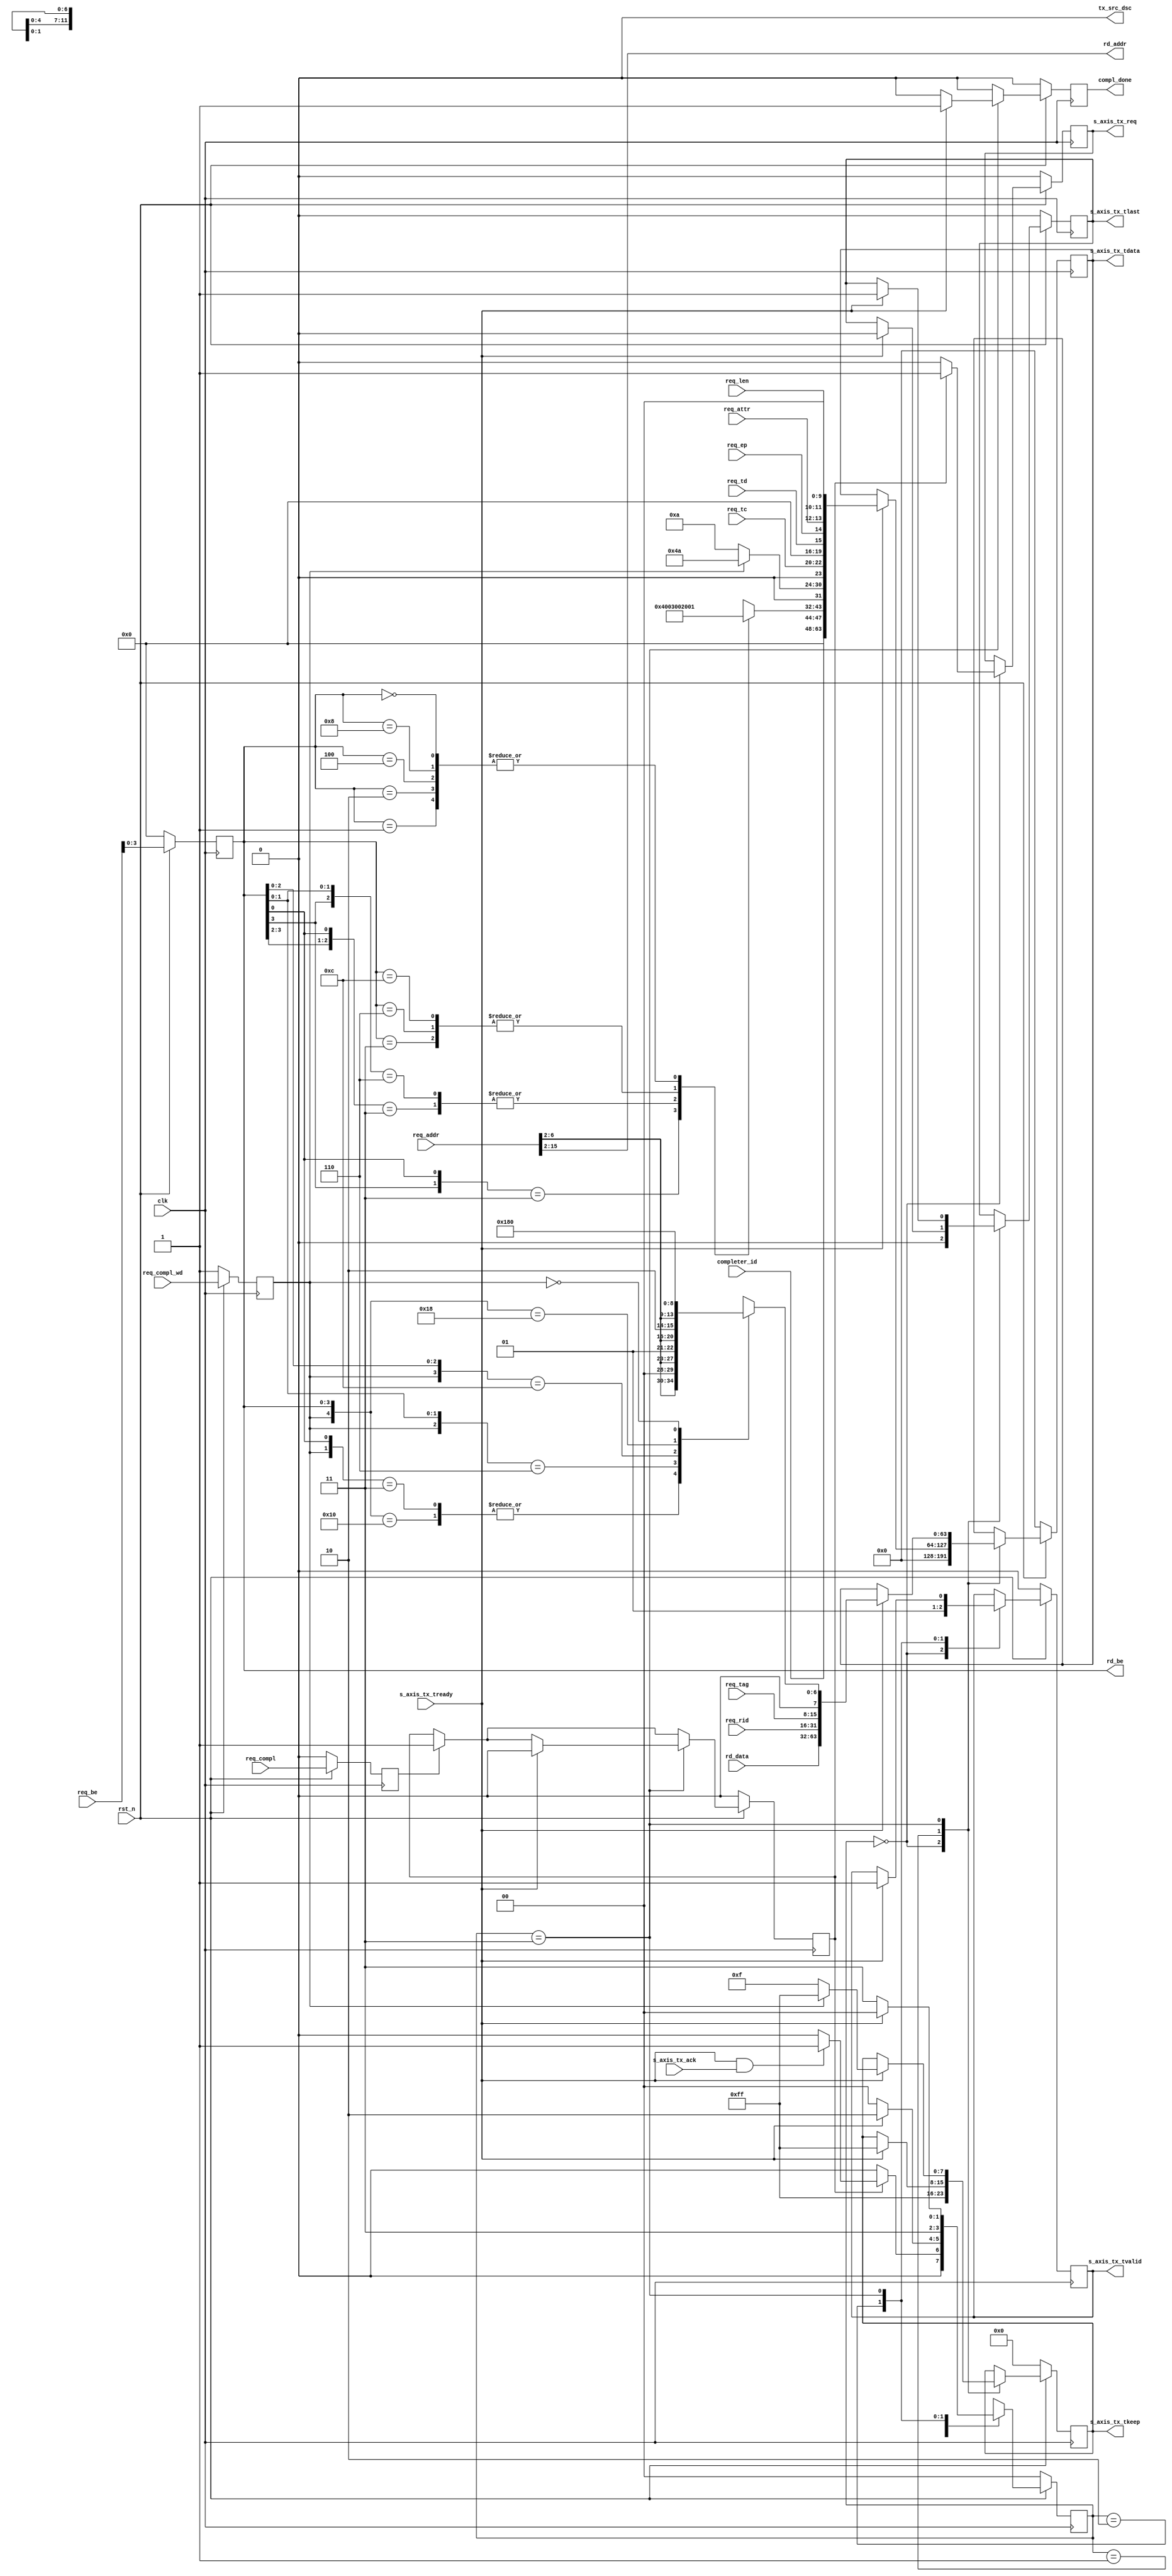
//-----------------------------------------------------------------------------
//
// (c) Copyright 2010-2011 Xilinx, Inc. All rights reserved.
//
// This file contains confidential and proprietary information
// of Xilinx, Inc. and is protected under U.S. and
// international copyright and other intellectual property
// laws.
//
// DISCLAIMER
// This disclaimer is not a license and does not grant any
// rights to the materials distributed herewith. Except as
// otherwise provided in a valid license issued to you by
// Xilinx, and to the maximum extent permitted by applicable
// law: (1) THESE MATERIALS ARE MADE AVAILABLE "AS IS" AND
// WITH ALL FAULTS, AND XILINX HEREBY DISCLAIMS ALL WARRANTIES
// AND CONDITIONS, EXPRESS, IMPLIED, OR STATUTORY, INCLUDING
// BUT NOT LIMITED TO WARRANTIES OF MERCHANTABILITY, NON-
// INFRINGEMENT, OR FITNESS FOR ANY PARTICULAR PURPOSE; and
// (2) Xilinx shall not be liable (whether in contract or tort,
// including negligence, or under any other theory of
// liability) for any loss or damage of any kind or nature
// related to, arising under or in connection with these
// materials, including for any direct, or any indirect,
// special, incidental, or consequential loss or damage
// (including loss of data, profits, goodwill, or any type of
// loss or damage suffered as a result of any action brought
// by a third party) even if such damage or loss was
// reasonably foreseeable or Xilinx had been advised of the
// possibility of the same.
//
// CRITICAL APPLICATIONS
// Xilinx products are not designed or intended to be fail-
// safe, or for use in any application requiring fail-safe
// performance, such as life-support or safety devices or
// systems, Class III medical devices, nuclear facilities,
// applications related to the deployment of airbags, or any
// other applications that could lead to death, personal
// injury, or severe property or environmental damage
// (individually and collectively, "Critical
// Applications"). Customer assumes the sole risk and
// liability of any use of Xilinx products in Critical
// Applications, subject only to applicable laws and
// regulations governing limitations on product liability.
//
// THIS COPYRIGHT NOTICE AND DISCLAIMER MUST BE RETAINED AS
// PART OF THIS FILE AT ALL TIMES.
//
//-----------------------------------------------------------------------------
// Project    : Series-7 Integrated Block for PCI Express
// Version    : 3.0
`default_nettype none
`timescale 1ps/1ps

(* DowngradeIPIdentifiedWarnings = "yes" *)
module PIO_TX_ENGINE    #(
  // RX/TX interface data width
  parameter C_DATA_WIDTH = 64,
  parameter TCQ = 1,

  // TSTRB width
  parameter KEEP_WIDTH = C_DATA_WIDTH / 8
)(

  input wire        clk,
  input wire        rst_n,

  // AXIS
  output  reg                     s_axis_tx_req = 1'b0,
  input wire                      s_axis_tx_ack,
  input wire                      s_axis_tx_tready,
  output  reg [C_DATA_WIDTH-1:0]  s_axis_tx_tdata,
  output  reg [KEEP_WIDTH-1:0]    s_axis_tx_tkeep,
  output  reg                     s_axis_tx_tlast,
  output  reg                     s_axis_tx_tvalid,
  output wire                     tx_src_dsc,

  input wire                      req_compl,
  input wire                      req_compl_wd,
  output reg                      compl_done,

  input wire [2:0]                req_tc,
  input wire                      req_td,
  input wire                      req_ep,
  input wire [1:0]                req_attr,
  input wire [9:0]                req_len,
  input wire [15:0]               req_rid,
  input wire [7:0]                req_tag,
  input wire [7:0]                req_be,
  input wire [15:0]               req_addr,

  output wire [13:0]              rd_addr,
  output reg [3:0]                rd_be,
  input wire [31:0]               rd_data,
  input wire [15:0]               completer_id

);

localparam PIO_CPLD_FMT_TYPE      = 7'b10_01010;
localparam PIO_CPL_FMT_TYPE       = 7'b00_01010;
localparam PIO_TX_RST_STATE       = 2'b00;
localparam PIO_TX_CPLD_QW1_FIRST  = 2'b01;
localparam PIO_TX_CPLD_QW1_TEMP   = 2'b10;
localparam PIO_TX_CPLD_QW1        = 2'b11;

  // Local registers

  reg [11:0]              byte_count;
  reg [6:0]               lower_addr;

  reg                     req_compl_q;
  reg                     req_compl_wd_q;

  reg                     compl_busy_i;
 
  // Local wires

  wire                    compl_wd;

  // Unused discontinue
  assign tx_src_dsc = 1'b0;

  // Present address and byte enable to memory module

  assign rd_addr = req_addr[15:2];
 
  always @(posedge clk) begin
    if (!rst_n)
    begin
     rd_be <= #TCQ 0;
    end else begin
     rd_be <= #TCQ req_be[3:0];
    end
  end

  // Calculate byte count based on byte enable

  always @ (rd_be) begin
    casex (rd_be[3:0])
      4'b1xx1 : byte_count = 12'h004;
      4'b01x1 : byte_count = 12'h003;
      4'b1x10 : byte_count = 12'h003;
      4'b0011 : byte_count = 12'h002;
      4'b0110 : byte_count = 12'h002;
      4'b1100 : byte_count = 12'h002;
      4'b0001 : byte_count = 12'h001;
      4'b0010 : byte_count = 12'h001;
      4'b0100 : byte_count = 12'h001;
      4'b1000 : byte_count = 12'h001;
      4'b0000 : byte_count = 12'h001;
    endcase
  end

  always @ ( posedge clk ) begin
    if (!rst_n ) 
    begin
      req_compl_q      <= #TCQ 1'b0;
      req_compl_wd_q   <= #TCQ 1'b1;
    end // if !rst_n
    else
    begin
      req_compl_q      <= #TCQ req_compl;
      req_compl_wd_q   <= #TCQ req_compl_wd;
    end // if rst_n
  end

    always @ (rd_be or req_addr or compl_wd) begin
    casex ({compl_wd, rd_be[3:0]})
       5'b1_0000 : lower_addr = {req_addr[6:2], 2'b00};
       5'b1_xxx1 : lower_addr = {req_addr[6:2], 2'b00};
       5'b1_xx10 : lower_addr = {req_addr[6:2], 2'b01};
       5'b1_x100 : lower_addr = {req_addr[6:2], 2'b10};
       5'b1_1000 : lower_addr = {req_addr[6:2], 2'b11};
       5'b0_xxxx : lower_addr = 8'h0;
    endcase // casex ({compl_wd, rd_be[3:0]})
    end

  //  Generate Completion with 1 DW Payload
    
  generate
    if (C_DATA_WIDTH == 64) begin : gen_cpl_64
      reg         [1:0]            state;

      assign compl_wd = req_compl_wd_q;

      always @ ( posedge clk ) begin

        if (!rst_n ) 
        begin
          s_axis_tx_tlast   <= #TCQ 1'b0;
          s_axis_tx_tvalid  <= #TCQ 1'b0;
          s_axis_tx_tdata   <= #TCQ {C_DATA_WIDTH{1'b0}};
          s_axis_tx_tkeep   <= #TCQ {KEEP_WIDTH{1'b0}};
          s_axis_tx_req     <= #TCQ 1'b0;
         
          compl_done        <= #TCQ 1'b0;
          compl_busy_i      <= #TCQ 1'b0;
          state             <= #TCQ PIO_TX_RST_STATE;
        end // if (!rst_n ) 
        else
        begin
          compl_done        <= #TCQ 1'b0;
          // -- Generate compl_busy signal...
          if (req_compl_q ) 
            compl_busy_i <= 1'b1;
          case ( state )
            PIO_TX_RST_STATE : begin

              if (compl_busy_i) 
              begin
                
                s_axis_tx_req     <= #TCQ 1'b1;
                s_axis_tx_tdata   <= #TCQ {C_DATA_WIDTH{1'b0}};
                s_axis_tx_tkeep   <= #TCQ 8'hFF;
                s_axis_tx_tlast   <= #TCQ 1'b0;
                s_axis_tx_tvalid  <= #TCQ 1'b0;
                  if (s_axis_tx_tready && s_axis_tx_ack)
                    state             <= #TCQ PIO_TX_CPLD_QW1_FIRST;
                  else
                  state             <= #TCQ PIO_TX_RST_STATE;
               end
              else
              begin

                s_axis_tx_req     <= #TCQ 1'b0;
                s_axis_tx_tlast   <= #TCQ 1'b0;
                s_axis_tx_tvalid  <= #TCQ 1'b0;
                s_axis_tx_tdata   <= #TCQ 64'b0;
                s_axis_tx_tkeep   <= #TCQ 8'hFF;
                compl_done        <= #TCQ 1'b0;
                state             <= #TCQ PIO_TX_RST_STATE;

              end // if !(compl_busy) 
              end // PIO_TX_RST_STATE

            PIO_TX_CPLD_QW1_FIRST : begin
              if (s_axis_tx_tready) begin

                s_axis_tx_tlast  <= #TCQ 1'b0;
                s_axis_tx_tdata  <= #TCQ {                      // Bits
                                      completer_id,             // 16
                                      {3'b0},                   // 3
                                      {1'b0},                   // 1
                                      byte_count,               // 12
                                      {1'b0},                   // 1
                                      (req_compl_wd_q ?
                                      PIO_CPLD_FMT_TYPE :
                                      PIO_CPL_FMT_TYPE),        // 7
                                      {1'b0},                   // 1
                                      req_tc,                   // 3
                                      {4'b0},                   // 4
                                      req_td,                   // 1
                                      req_ep,                   // 1
                                      req_attr,                 // 2
                                      {2'b0},                   // 2
                                      req_len                   // 10
                                      };
                s_axis_tx_tkeep   <= #TCQ 8'hFF;

                state             <= #TCQ PIO_TX_CPLD_QW1_TEMP;
                end
            else
                state             <= #TCQ PIO_TX_RST_STATE;

               end //PIO_TX_CPLD_QW1_FIRST


            PIO_TX_CPLD_QW1_TEMP : begin   
                s_axis_tx_tvalid <= #TCQ 1'b1;
                state             <= #TCQ PIO_TX_CPLD_QW1;
            end


            PIO_TX_CPLD_QW1 : begin

              if (s_axis_tx_tready)
              begin

                s_axis_tx_tlast  <= #TCQ 1'b1;
                s_axis_tx_tvalid <= #TCQ 1'b1;
                // Swap DWORDS for AXI
                s_axis_tx_tdata  <= #TCQ {        // Bits
                                      rd_data,    // 32
                                      req_rid,    // 16
                                      req_tag,    //  8
                                      {1'b0},     //  1
                                      lower_addr  //  7
                                      };

                // Here we select if the packet has data or
                // not.  The strobe signal will mask data
                // when it is not needed.  No reason to change
                // the data bus.
                if (req_compl_wd_q)
                  s_axis_tx_tkeep <= #TCQ 8'hFF;
                else
                  s_axis_tx_tkeep <= #TCQ 8'h0F;


                compl_done        <= #TCQ 1'b1;
                compl_busy_i      <= #TCQ 1'b0;
                state             <= #TCQ PIO_TX_RST_STATE;

              end // if (s_axis_tx_tready)
              else
                state             <= #TCQ PIO_TX_CPLD_QW1;

            end // PIO_TX_CPLD_QW1

            default : begin
              // case default stmt
              state             <= #TCQ PIO_TX_RST_STATE;
            end

          endcase
        end // if rst_n
      end
    end
    else if (C_DATA_WIDTH == 128) begin : gen_cpl_128
      reg                     hold_state;
      reg                     req_compl_q2;
      reg                     req_compl_wd_q2;

      assign compl_wd = req_compl_wd_q2;

      always @ ( posedge clk ) begin
        if (!rst_n ) 
        begin
          req_compl_q2      <= #TCQ 1'b0;
          req_compl_wd_q2   <= #TCQ 1'b0;
        end // if (!rst_n ) 
        else
        begin
          req_compl_q2      <= #TCQ req_compl_q;
          req_compl_wd_q2   <= #TCQ req_compl_wd_q;
        end // if (rst_n ) 
      end

      always @ ( posedge clk ) begin
        if (!rst_n ) 
        begin
          s_axis_tx_tlast   <= #TCQ 1'b0;
          s_axis_tx_tvalid  <= #TCQ 1'b0;
          s_axis_tx_tdata   <= #TCQ {C_DATA_WIDTH{1'b0}};
          s_axis_tx_tkeep   <= #TCQ {KEEP_WIDTH{1'b0}};
          s_axis_tx_req     <= #TCQ 1'b0;
          compl_done        <= #TCQ 1'b0;
          hold_state        <= #TCQ 1'b0;
        end // if !rst_n
        else
        begin
  
          if (req_compl_q2 | hold_state)
          begin
            if (s_axis_tx_tready & s_axis_tx_ack) 
            begin
  
              s_axis_tx_tlast   <= #TCQ 1'b1;
              s_axis_tx_tvalid  <= #TCQ 1'b1;
              s_axis_tx_tdata   <= #TCQ {                   // Bits
                                  rd_data,                  // 32
                                  req_rid,                  // 16
                                  req_tag,                  //  8
                                  {1'b0},                   //  1
                                  lower_addr,               //  7
                                  completer_id,             // 16
                                  {3'b0},                   //  3
                                  {1'b0},                   //  1
                                  byte_count,               // 12
                                  {1'b0},                   //  1
                                  (req_compl_wd_q2 ?
                                  PIO_CPLD_FMT_TYPE :
                                  PIO_CPL_FMT_TYPE),        //  7
                                  {1'b0},                   //  1
                                  req_tc,                   //  3
                                  {4'b0},                   //  4
                                  req_td,                   //  1
                                  req_ep,                   //  1
                                  req_attr,                 //  2
                                  {2'b0},                   //  2
                                  req_len                   // 10
                                  };
  
              // Here we select if the packet has data or
              // not.  The strobe signal will mask data
              // when it is not needed.  No reason to change
              // the data bus.
              if (req_compl_wd_q2)
                s_axis_tx_tkeep   <= #TCQ 16'hFFFF;
              else
                s_axis_tx_tkeep   <= #TCQ 16'h0FFF;
  
              compl_done        <= #TCQ 1'b1;
              hold_state        <= #TCQ 1'b0;
              s_axis_tx_req     <= #TCQ 1'b0;
  
            end // if (s_axis_tx_tready) 
            else begin
              hold_state        <= #TCQ 1'b1;
              s_axis_tx_req     <= #TCQ 1'b1;
            end
  
          end // if (req_compl_q2 | hold_state)
          else
          begin
  
            s_axis_tx_tlast   <= #TCQ 1'b0;
            s_axis_tx_tvalid  <= #TCQ 1'b0;
            s_axis_tx_tdata   <= #TCQ {C_DATA_WIDTH{1'b0}};
            s_axis_tx_tkeep   <= #TCQ {KEEP_WIDTH{1'b1}};
            compl_done        <= #TCQ 1'b0;
  
          end // if !(req_compl_q2 | hold_state) 
        end // if rst_n
      end
    end
  endgenerate

endmodule // PIO_TX_ENGINE
`default_nettype wire